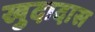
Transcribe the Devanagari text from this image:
खुदादास